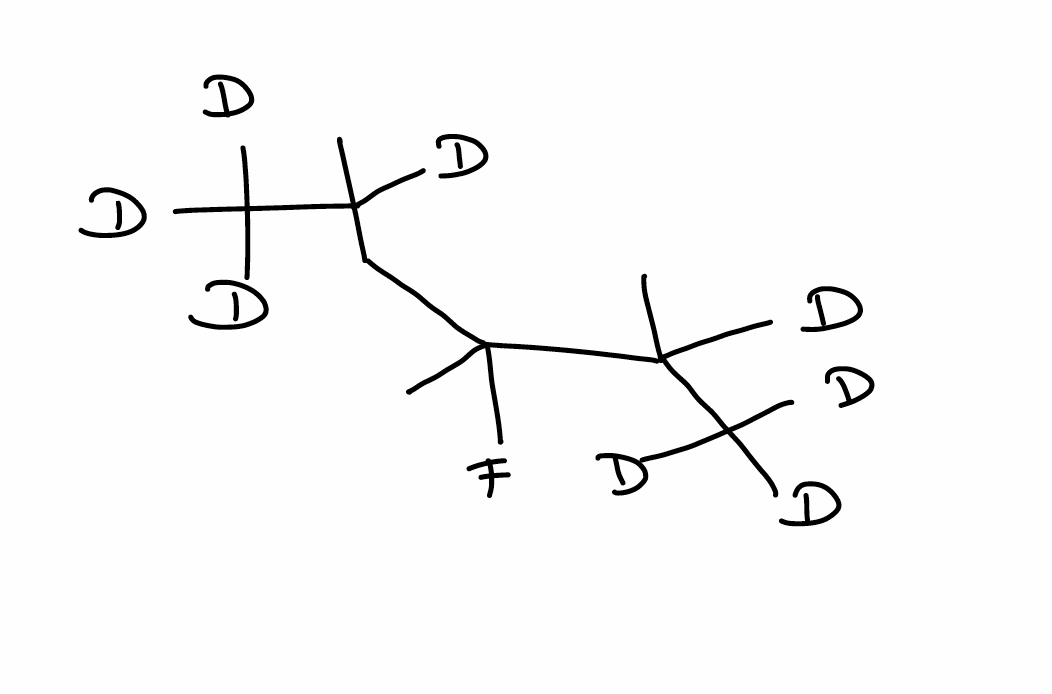
Simplified molecular-input line-entry system (SMILES) notation of the given molecule:
[2H]C([2H])([2H])C([2H])(C)C(C)(C([2H])(C)C([2H])([2H])[2H])F